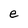
Character: e